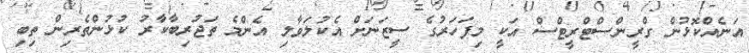
އަނެއްކޮޅުން ގްރީންސްޓްރީޓްސް އަކީ މިފަހަރުގެ ސީޒަނަށް އެކުލަވާލި އެންމެ ތަޖުރިބާކާރު ކުޅުންތެރިން ތިބި